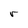
Character: r